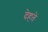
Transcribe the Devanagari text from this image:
देहते